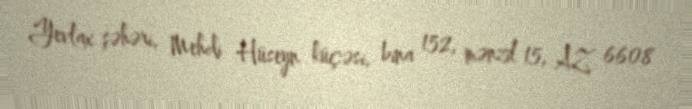
Yevlax şəhəri, Mehdi Hüseyn küçəsi, bina 152, mənzil 15, AZ 6608